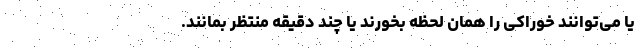
یا می‌توانند خوراکی را همان لحظه بخورند یا چند دقیقه منتظر بمانند.